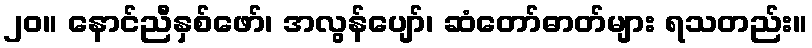
၂၀။ နောင်ညီနှစ်ဖော်၊ အလွန်ပျော်၊ ဆံတော်ဓာတ်များ ရသတည်း။